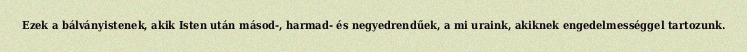
Ezek a bálványistenek, akik Isten után másod-, harmad- és negyedrendűek, a mi uraink, akiknek engedelmességgel tartozunk.